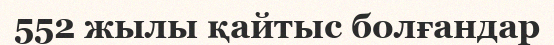
552 жылы қайтыс болғандар